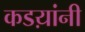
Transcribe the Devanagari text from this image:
कडय़ांनी